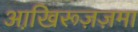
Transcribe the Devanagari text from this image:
आखि़रूज़ज़मा